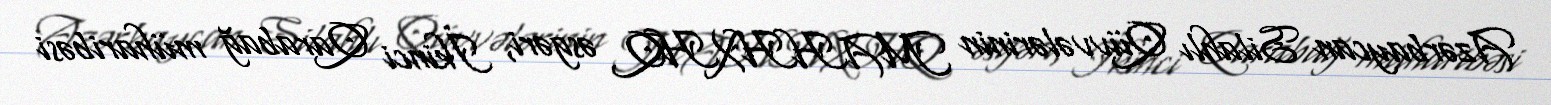
Azərbaycan Silahlı Qüvvələrinin MAHHXHQ əsgəri, İkinci Qarabağ müharibəsi